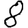
Digit: 8